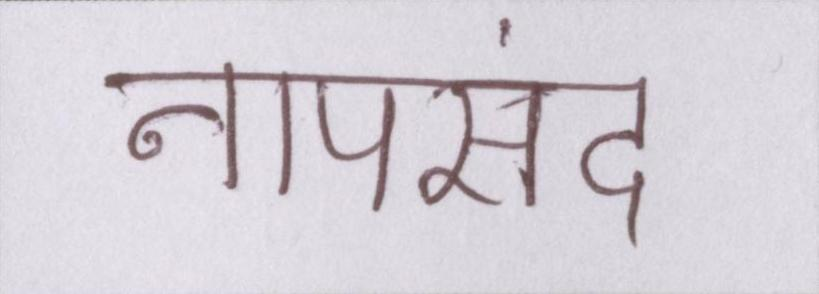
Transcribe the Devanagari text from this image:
नापसंद